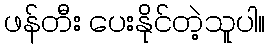
ဖန်တီး ပေးနိုင်တဲ့သူပါ။